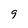
Character: 9